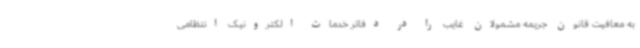
به معافیت قانون جریمه مشمولان غایب را در دفاتر خدمات الکترونیک انتظامی